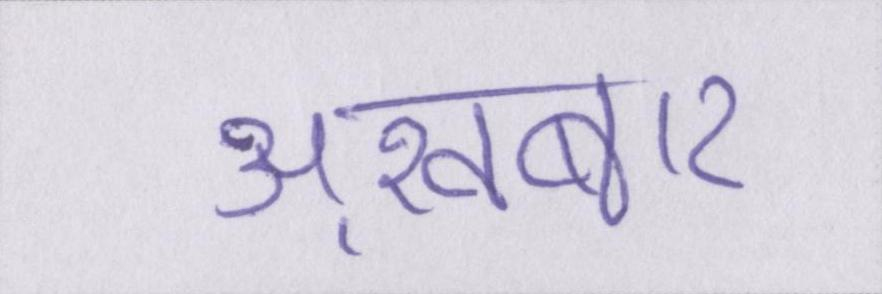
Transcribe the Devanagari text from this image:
अख़बार